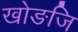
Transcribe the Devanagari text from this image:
खोङजि